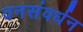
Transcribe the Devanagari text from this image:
वनसंवर्धन